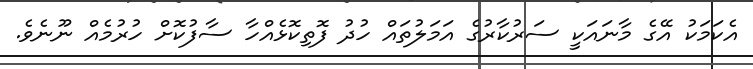
އެކަމަކު އޭގެ މާނައަކީ ސަރުކާރުގެ އަމަލުތައް ހުދު ފޮތިކޮޅެއްހާ ސާފުކޮށް ހުރުމެއް ނޫނެވެ.